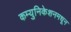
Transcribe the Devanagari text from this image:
कम्युनिकेशनमधून